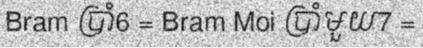
Bram ប្រាំ6 = Bram Moi ប្រាំមួយ7 =